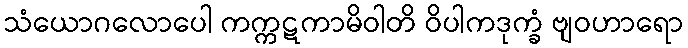
သံယောဂလောပေါ ကက္ကဋကာမိဝါတိ ဝိပါကဒုက္ခံ ဗျဝဟာရော